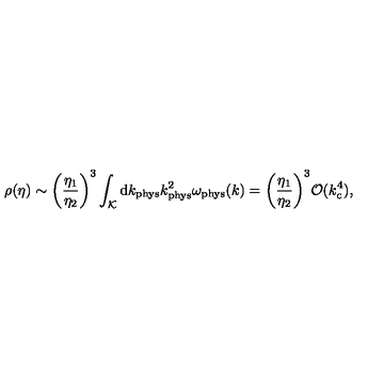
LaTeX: \rho ( \eta ) \sim \biggl ( \frac { \eta _ { 1 } } { \eta _ { 2 } } \biggr ) ^ { 3 } \int _ { \cal K } \mathrm { d } k _ { \mathrm { p h y s } } k _ { \mathrm { p h y s } } ^ { 2 } \omega _ { \mathrm { p h y s } } ( k ) = \biggl ( \frac { \eta _ { 1 } } { \eta _ { 2 } } \biggr ) ^ { 3 } { \cal O } ( k _ { \mathrm { c } } ^ { 4 } ) ,